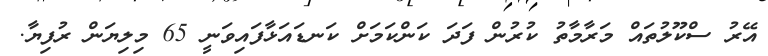
އޭރު ސްކޫލުތައް މަރާމާތު ކުރުން ފަދަ ކަންކަމަށް ކަނޑައަޅާފައިވަނީ 65 މިލިޔަން ރުފިޔާ.